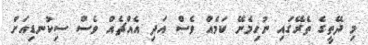
މި ދޭތީގެ ތެރޭގައި ނުހިމެނޭ ކަމެއް ވެސް އަދި އެއްޗެއް ވެސް ސިކުނޑިއަށް